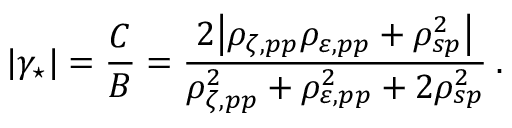
| \gamma _ { \star } | = \frac { C } { B } = \frac { 2 \big | \rho _ { \zeta , p p } \rho _ { \varepsilon , p p } + \rho _ { s p } ^ { 2 } \big | } { \rho _ { \zeta , p p } ^ { 2 } + \rho _ { \varepsilon , p p } ^ { 2 } + 2 \rho _ { s p } ^ { 2 } } \: .